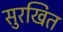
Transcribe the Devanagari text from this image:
सुरखित